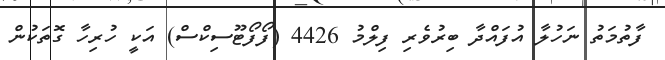
ފާތުމަތު ނަހުލާ އުފައްދާ ބިރުވެރި ފިލްމު 4426 (ފޯފޯޓޫސިކްސް) އަކީ ހުރިހާ ގޮތަކުން